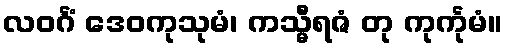
လဝင်္ဂံ ဒေဝကုသုမံ၊ ကသ္မီရဇံ တု ကုင်္ကုမံ။